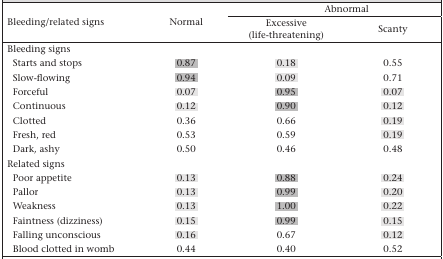
<table><thead><tr><td rowspan="2"><b>Bleeding/related signs</b></td><td rowspan="2"><b>Normal</b></td><td colspan="2"><b>Abnormal</b></td></tr><tr><td><b>Excessive (life-threatening)</b></td><td><b>Scanty</b></td></tr></thead><tbody><tr><td colspan="4">Bleeding signs</td></tr><tr><td>Starts and stops</td><td>0.87</td><td>0.18</td><td>0.55</td></tr><tr><td>Slow-flowing</td><td>0.94</td><td>0.09</td><td>0.71</td></tr><tr><td>Forceful</td><td>0.07</td><td>0.95</td><td>0.07</td></tr><tr><td>Continuous</td><td>0.12</td><td>0.90</td><td>0.12</td></tr><tr><td>Clotted</td><td>0.36</td><td>0.66</td><td>0.19</td></tr><tr><td>Fresh, red</td><td>0.53</td><td>0.59</td><td>0.19</td></tr><tr><td>Dark, ashy</td><td>0.50</td><td>0.46</td><td>0.48</td></tr><tr><td colspan="4">Related signs</td></tr><tr><td>Poor appetite</td><td>0.13</td><td>0.88</td><td>0.24</td></tr><tr><td>Pallor</td><td>0.13</td><td>0.99</td><td>0.20</td></tr><tr><td>Weakness</td><td>0.13</td><td>1.00</td><td>0.22</td></tr><tr><td>Faintness (dizziness)</td><td>0.15</td><td>0.99</td><td>0.15</td></tr><tr><td>Falling unconscious</td><td>0.16</td><td>0.67</td><td>0.12</td></tr><tr><td>Blood clotted in womb</td><td>0.44</td><td>0.40</td><td>0.52</td></tr></tbody></table>